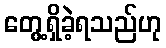
တွေ့ရှိခဲ့ရသည်ဟု